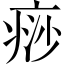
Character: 痧